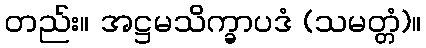
တည်း။ အဋ္ဌမသိက္ခာပဒံ (သမတ္တံ)။